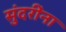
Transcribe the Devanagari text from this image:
सुंदरींना